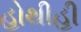
હોથીહી